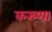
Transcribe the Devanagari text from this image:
कस्र्णा